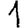
Digit: 1